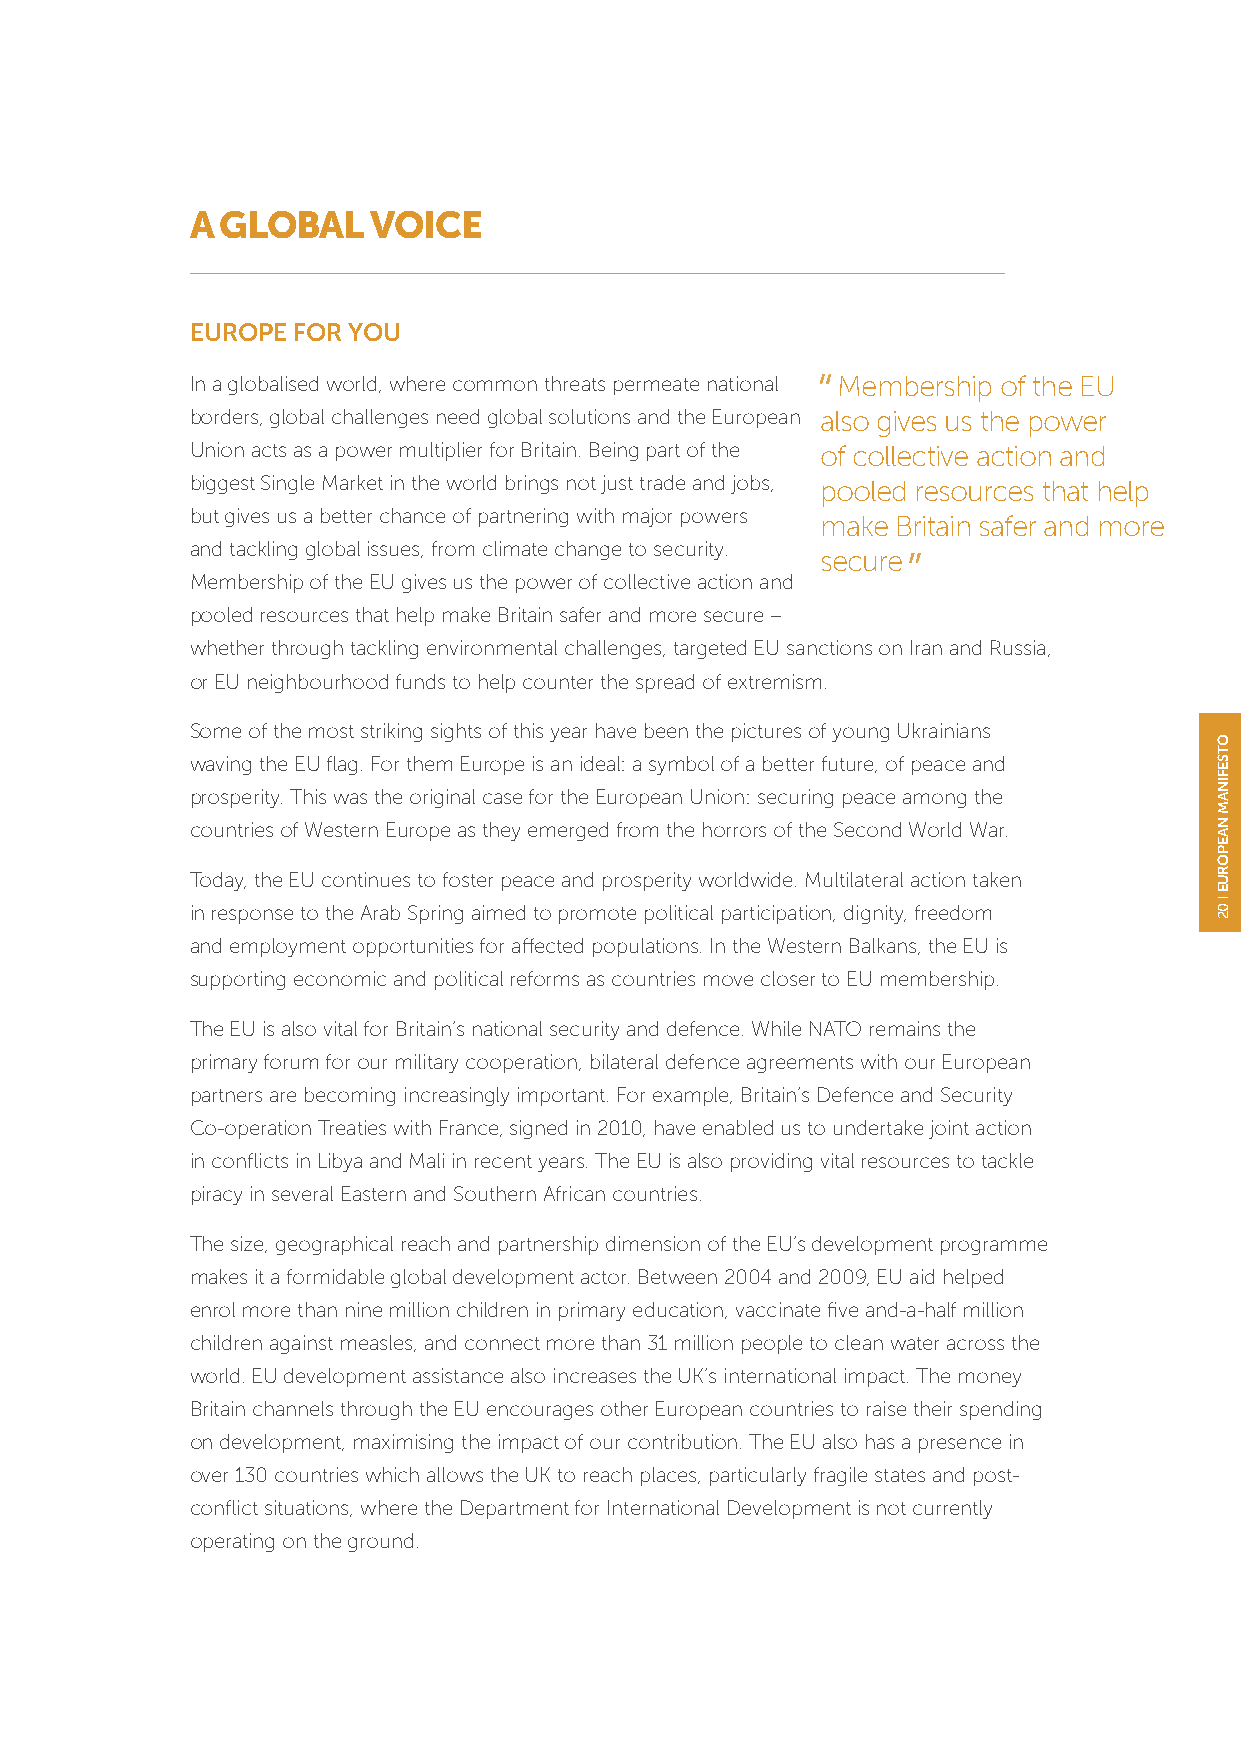
A GLOBAL    VOICE
 EUROPE FOR YOU
 In a globalised world, where common threats permeate national Membership of the EU
 borders, global challenges need global solutions and the European also gives us the power
 Union acts as a power multiplier for Britain. Being part of the of collective action and
 biggest Single Market in the world brings not just trade and jobs, pooled resources that help
 but gives us a better chance of partnering with major powers make Britain safer and more
 and tackling global issues, from climate change to security.
 secure
 Membership of the EU gives us the power of collective action and
 pooled resources that help make Britain safer and more secure –
 whether through tackling environmental challenges, targeted EU sanctions on Iran and Russia,
 or EU neighbourhood funds to help counter the spread of extremism.
 Some of the most striking sights of this year have been the pictures of young Ukrainians
 waving the EU flag. For them Europe is an ideal: a symbol of a better future, of peace and
 prosperity. This was the original case for the European Union: securing peace among the
 countries of Western Europe as they emerged from the horrors of the Second World War.
 Today, the EU continues to foster peace and prosperity worldwide. Multilateral action taken
 in response to the Arab Spring aimed to promote political participation, dignity, freedom
 and employment opportunities for affected populations. In the Western Balkans, the EU is
 supporting economic and political reforms as countries move closer to EU membership.
 The EU is also vital for Britain’s national security and defence. While NATO remains the
 primary forum for our military cooperation, bilateral defence agreements with our European
 partners are becoming increasingly important. For example, Britain’s Defence and Security
 Co-operation Treaties with France, signed in 2010, have enabled us to undertake joint action
 in conflicts in Libya and Mali in recent years. The EU is also providing vital resources to tackle
 piracy in several Eastern and Southern African countries.
 The size, geographical reach and partnership dimension of the EU’s development programme
 makes it a formidable global development actor. Between 2004 and 2009, EU aid helped
 enrol more than nine million children in primary education, vaccinate five and-a-half million
 children against measles, and connect more than 31 million people to clean water across the
 world. EU development assistance also increases the UK’s international impact. The money
 Britain channels through the EU encourages other European countries to raise their spending
 on development, maximising the impact of our contribution. The EU also has a presence in
 over 130 countries which allows the UK to reach places, particularly fragile states and post-
 conflict situations, where the Department for International Development is not currently
 operating on the ground.
 OTSEFINAM
 NAEPORUE
 02